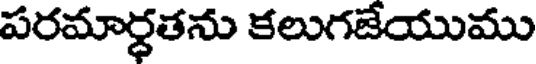
పరమార్ధతను కలుగజేయుము